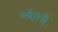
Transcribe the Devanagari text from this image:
०६०३